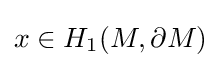
x\in H_{1}(M,\partial M)